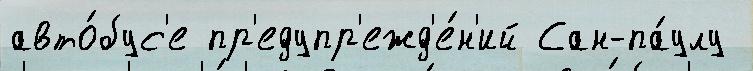
авто́бус'е пр'едупр'ежд'е́н'ий Сан-па́улу